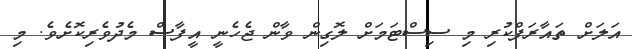
އަލަށް ތައާރަފްކުރި މި ސިސްޓަމަށް ލޮގިން ވާން ޖެހެނީ އީފާސް މެދުވެރިކޮށެވެ. މި